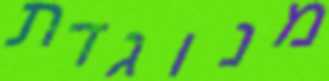
מנוגדת